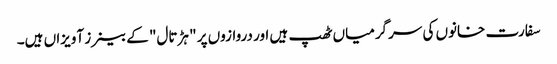
سفارت خانوں کی سرگرمیاں ٹھپ ہیں اور دروازوں پر " ہڑتال" کے بینرز آویزاں ہیں۔